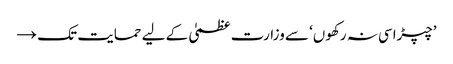
’چپڑاسی نہ رکھوں‘ سے وزارت عظمیٰ کے لیے حمایت تک →